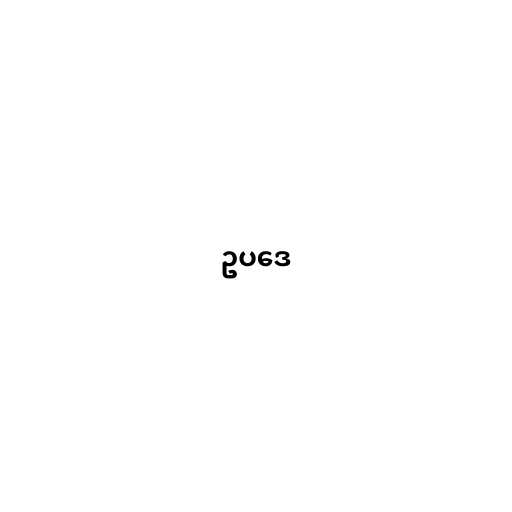
ဥပဒေ